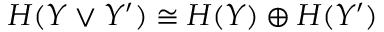
\begin{array} { r } { H ( Y \vee Y ^ { \prime } ) \cong H ( Y ) \oplus H ( Y ^ { \prime } ) } \end{array}